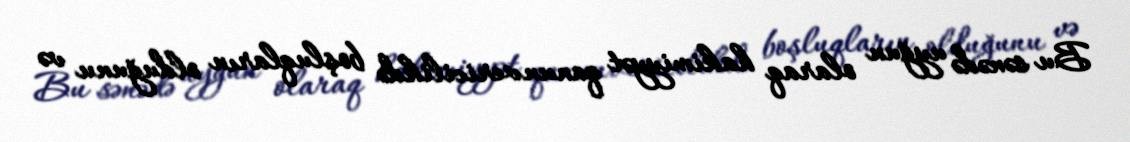
Bu sənədə uyğun olaraq hakimiyyət qanunvericilikdə boşluqların olduğunu və